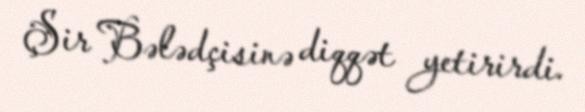
Şir Bələdçisinə diqqət yetirirdi.